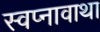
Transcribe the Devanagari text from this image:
स्वप्नावाथा